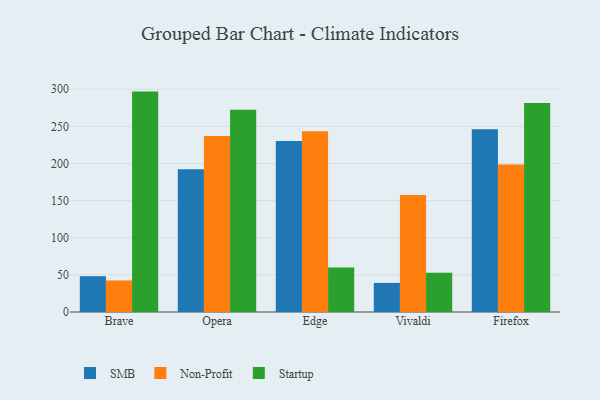
{"axis": {"x": "Browser", "y": "Website Visitors"}, "legend": ["Non-Profit", "SMB", "Startup"], "data": [{"x": "Brave", "y": 48.2, "type": "SMB"}, {"x": "Brave", "y": 42.5, "type": "Non-Profit"}, {"x": "Brave", "y": 296.8, "type": "Startup"}, {"x": "Opera", "y": 192.1, "type": "SMB"}, {"x": "Opera", "y": 237.0, "type": "Non-Profit"}, {"x": "Opera", "y": 272.4, "type": "Startup"}, {"x": "Edge", "y": 230.3, "type": "SMB"}, {"x": "Edge", "y": 243.4, "type": "Non-Profit"}, {"x": "Edge", "y": 59.8, "type": "Startup"}, {"x": "Vivaldi", "y": 39.2, "type": "SMB"}, {"x": "Vivaldi", "y": 157.5, "type": "Non-Profit"}, {"x": "Vivaldi", "y": 52.7, "type": "Startup"}, {"x": "Firefox", "y": 246.0, "type": "SMB"}, {"x": "Firefox", "y": 198.7, "type": "Non-Profit"}, {"x": "Firefox", "y": 281.4, "type": "Startup"}]}